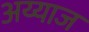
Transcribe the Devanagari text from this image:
अय्याज